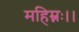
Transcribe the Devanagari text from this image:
महिम्नः।।